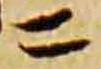
二